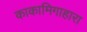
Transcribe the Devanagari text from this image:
काकामिगाहारा